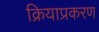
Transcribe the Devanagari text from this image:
क्रियाप्रकरण